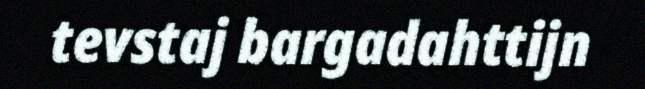
tevstaj bargadahttijn